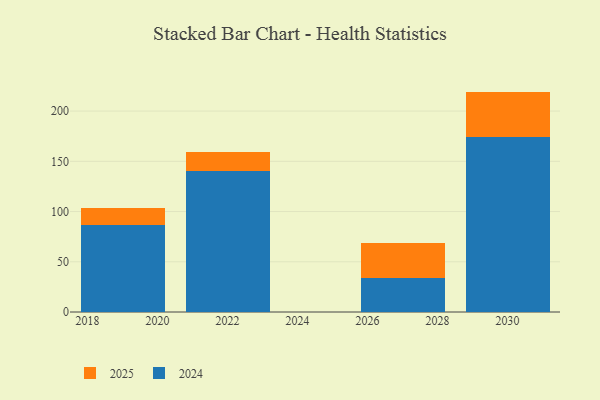
{"axis": {"x": "Year", "y": "Gross Profit (USD K)"}, "legend": ["2024", "2025"], "data": [{"x": "2030", "y": 45.0, "type": "2025"}, {"x": "2030", "y": 174.4, "type": "2024"}, {"x": "2019", "y": 16.7, "type": "2025"}, {"x": "2019", "y": 86.5, "type": "2024"}, {"x": "2027", "y": 35.1, "type": "2025"}, {"x": "2027", "y": 33.6, "type": "2024"}, {"x": "2022", "y": 18.1, "type": "2025"}, {"x": "2022", "y": 140.7, "type": "2024"}]}